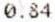
0.84